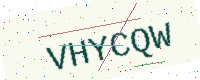
Text: VHYCQW